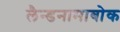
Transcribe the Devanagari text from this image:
लैन्डनामाबोक